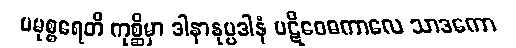
ပမုစ္စရေတိ ကုစ္ဆိမှာ ဒါနာနုပ္ပဒါနံ ပဋိဝေဓကာလေ သာဒကော